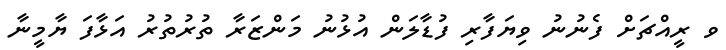
ވ ރީއްޗަށް ފެނުނު ވިޔަފާރި ފުޑާލަން އުޅުނު މަންޒަރާ ތުރުތުރު އަޅާފަ ޔާމީނާ